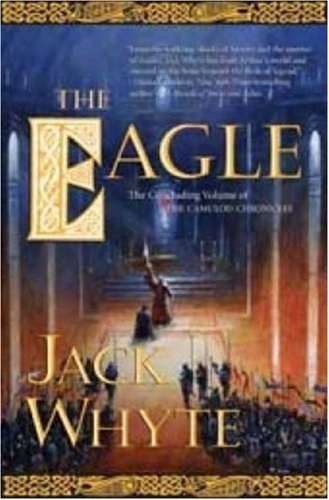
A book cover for The Eagle (The Camulod Chronicles, Book 9); Jack Whyte; Science Fiction & Fantasy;